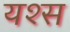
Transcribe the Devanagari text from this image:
यश्स